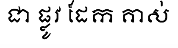
ជា ផ្លូវ ដែក គាស់